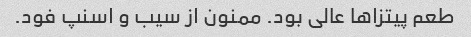
طعم پیتزاها عالی بود. ممنون از سیب و اسنپ فود.